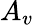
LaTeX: A_{v}